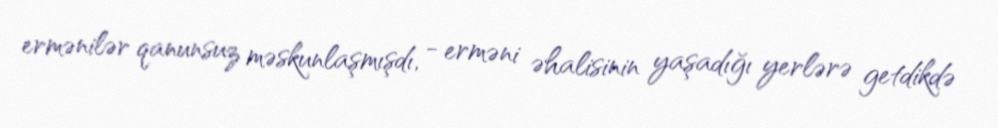
ermənilər qanunsuz məskunlaşmışdı, - erməni əhalisinin yaşadığı yerlərə getdikdə